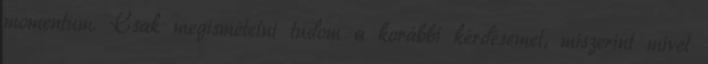
momentum. Csak megismételni tudom a korábbi kérdésemet, miszerint mivel